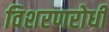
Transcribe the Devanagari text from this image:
विशरणरोधी